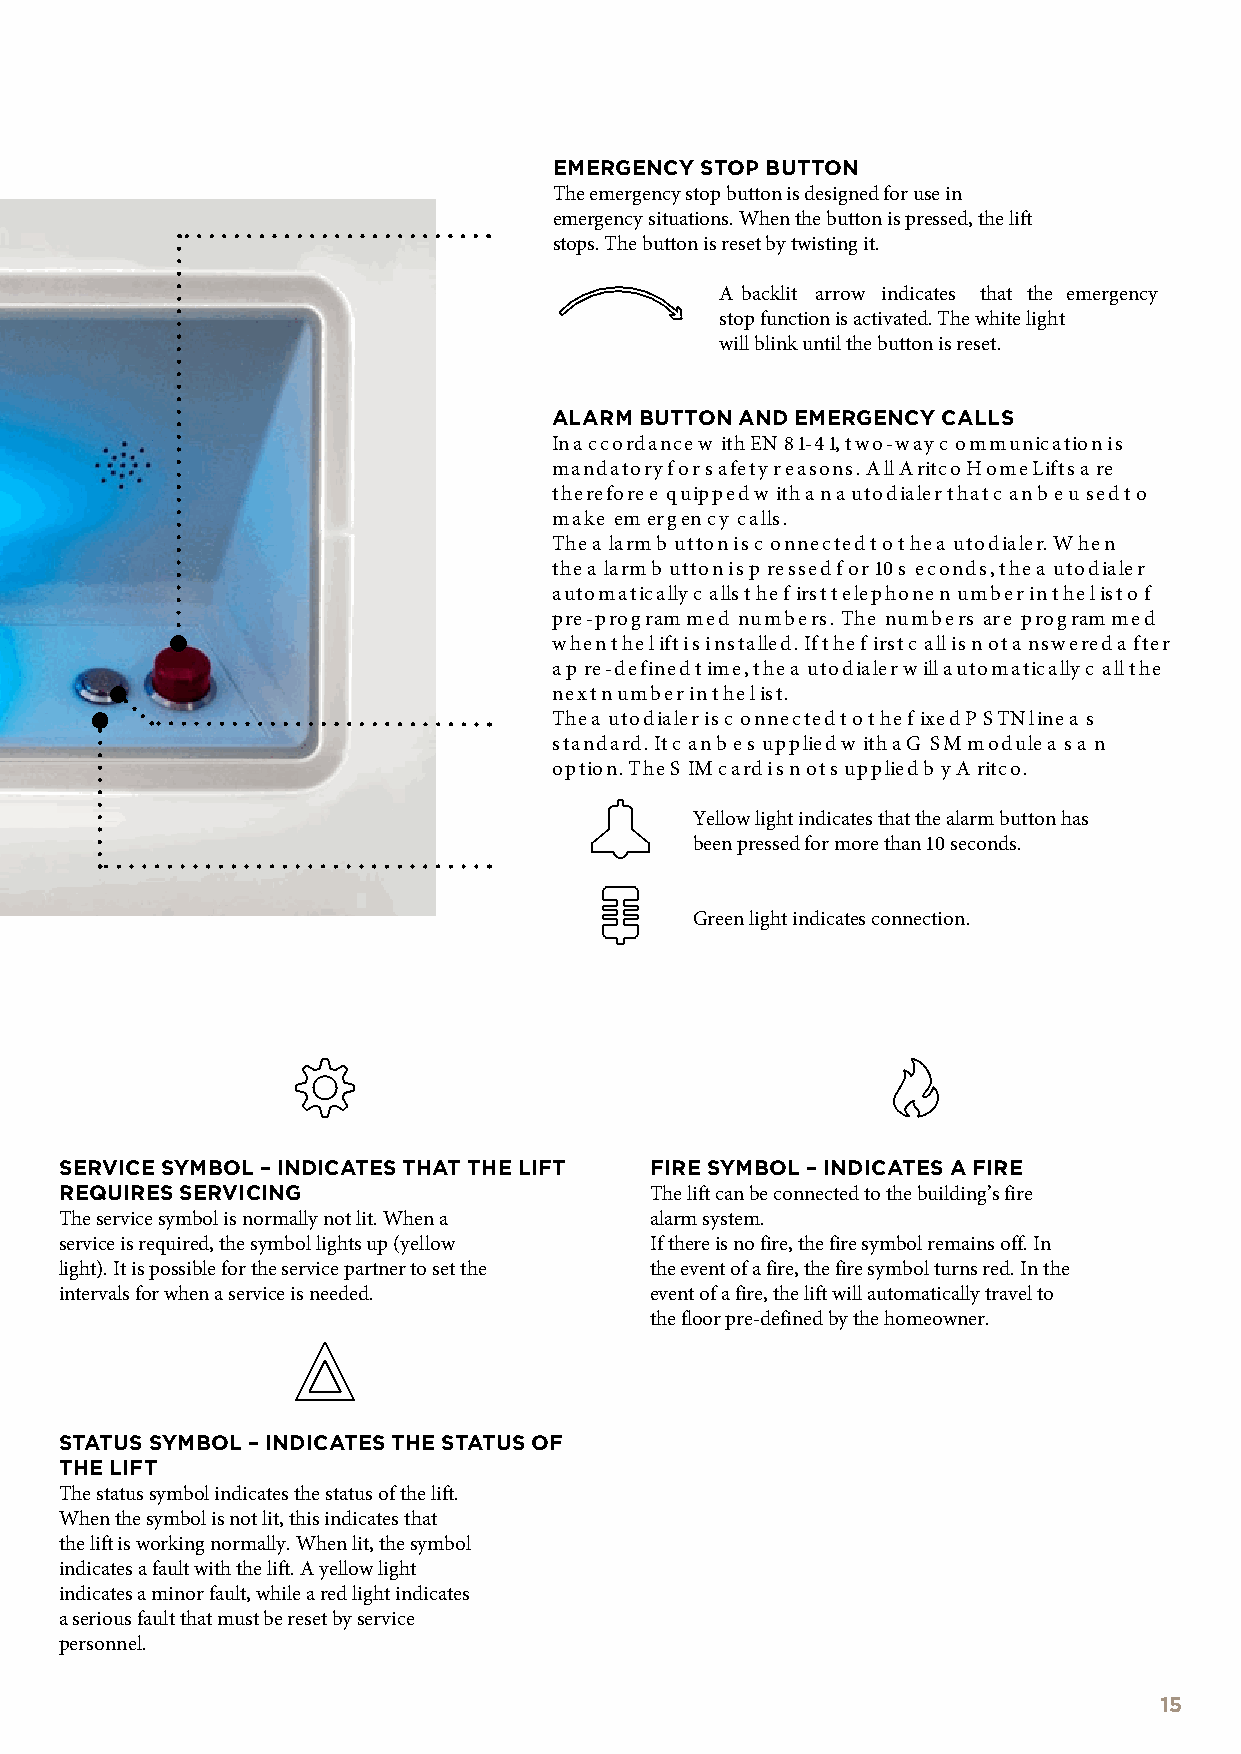
EMERGENCY STOP BUTTON
 The emergency stop button is designed for use in
 emergency situations. When the button is pressed, the lift
 stops. The button is reset by twisting it.
 A backlit arrow indicates that the emergency
 stop function is activated. The white light
 will blink until the button is reset.
 ALARM BUTTON AND EMERGENCY CALLS
 In accordance w ith EN 81-41, two-way c ommunication is
 mandatory for safety reasons. All Aritco HomeLifts a re
 therefore e quipped w ith an autodialer that c an b e u sed to
 make emergency calls.
 The a larm b utton is c onnected to the a utodialer. When
 the a larm b utton is p ressed for 10 s econds, the a utodialer
 automatically c alls the f irst telephone n umber in the list of
 pre-programmed numbers. The numbers are programmed
 when the lift is installed. If the f irst c all is not a nswered a fter
 a p re-defined time, the a utodialer will automatically c all the
 next number in the list.
 The a utodialer is c onnected to the f ixed P STN line a s
 standard. It c an b e s upplied w ith a G SM module a s a n
 option. The S IM card is not supplied b y A ritco.
 Yellow light indicates that the alarm button has
 been pressed for more than 10 seconds.
 Green light indicates connection.
 SERVICE SYMBOL – INDICATES THAT THE LIFT FIRE SYMBOL – INDICATES A FIRE
 REQUIRES SERVICING                     The lift can be connected to the building’s fire
 The service symbol is normally not lit. When a alarm system.
 service is required, the symbol lights up (yellow If there is no fire, the fire symbol remains off. In
 light). It is possible for the service partner to set the the event of a fire, the fire symbol turns red. In the
 intervals for when a service is needed. event of a fire, the lift will automatically travel to
 the floor pre-defined by the homeowner.
 STATUS SYMBOL – INDICATES THE STATUS OF
 THE LIFT
 The status symbol indicates the status of the lift.
 When the symbol is not lit, this indicates that
 the lift is working normally. When lit, the symbol
 indicates a fault with the lift. A yellow light
 indicates a minor fault, while a red light indicates
 a serious fault that must be reset by service
 personnel.
 15